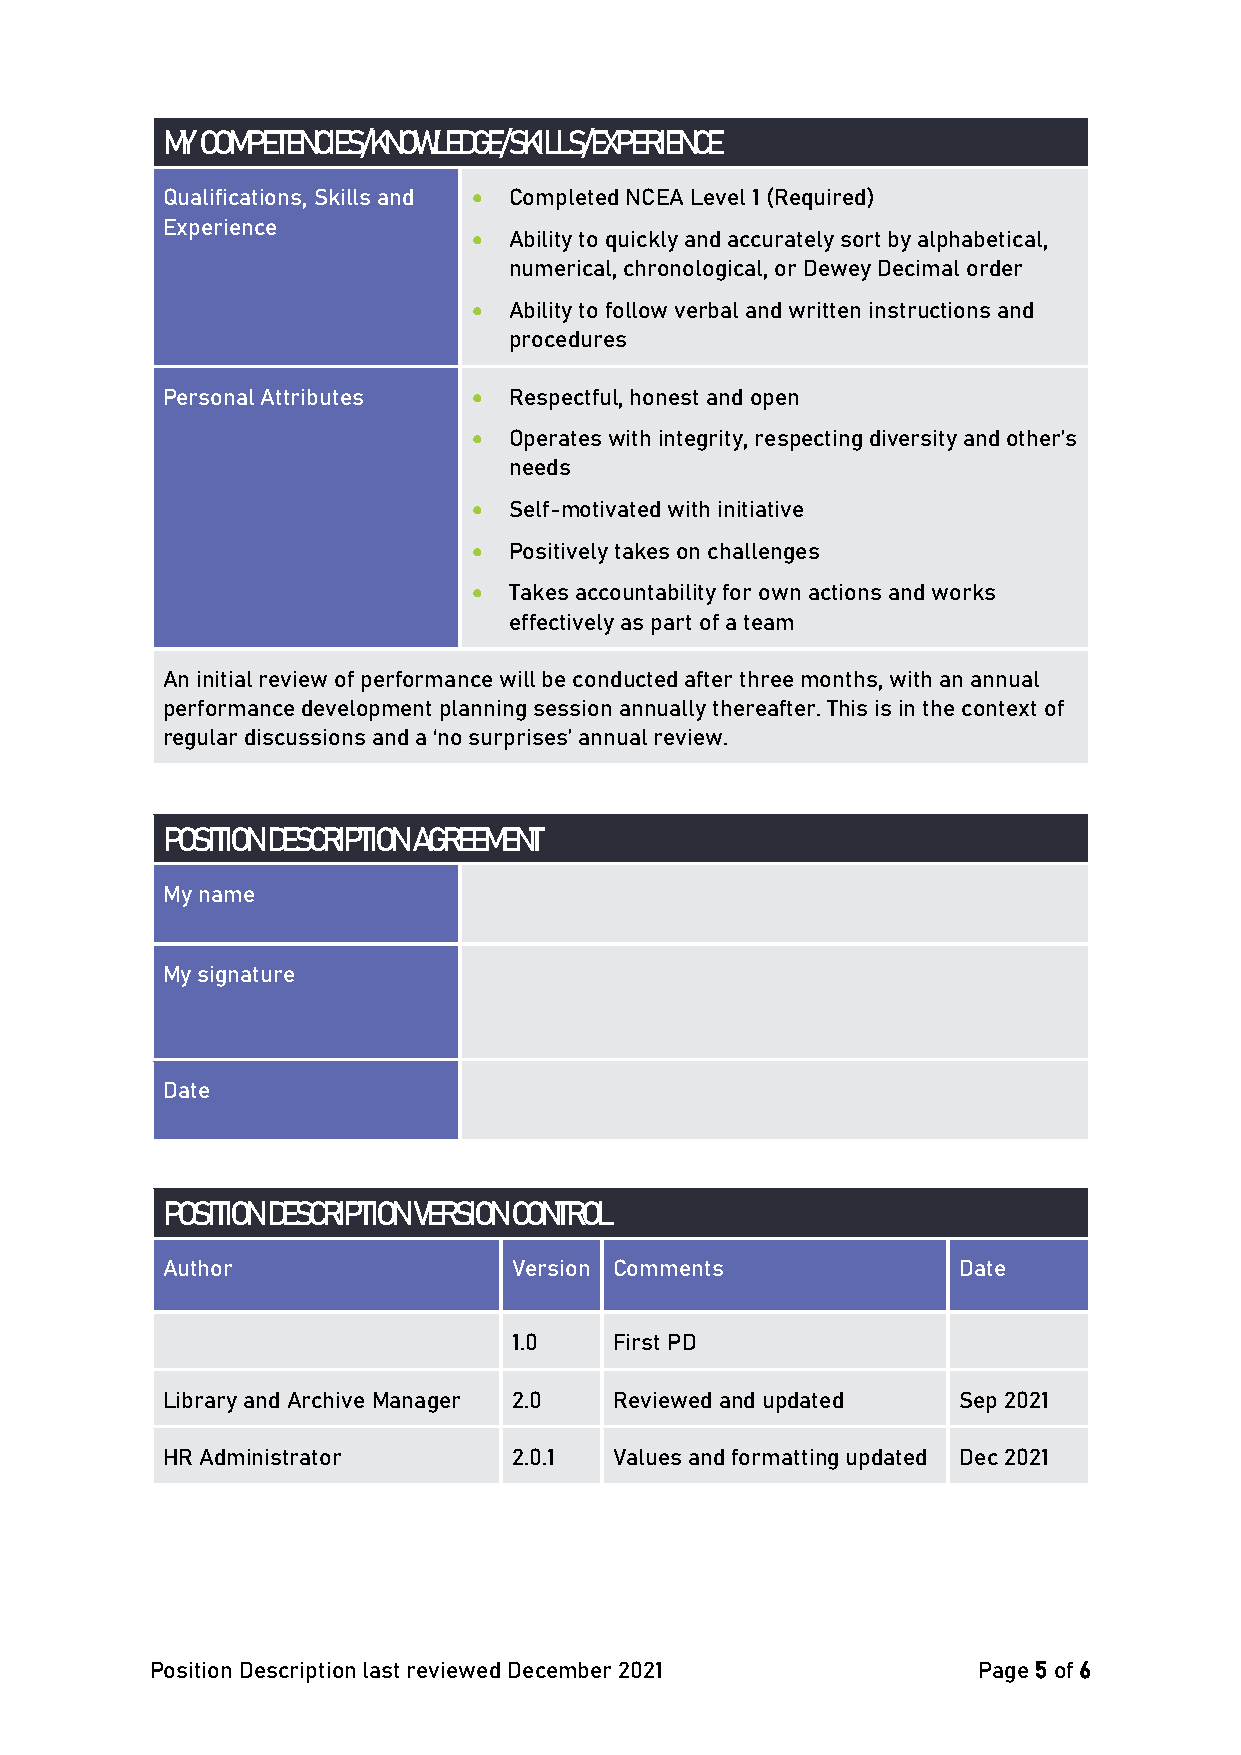
MY COMPETENCIES/KNOWLEDGE/SKILLS/EXPERIENCE
 Qualifications, Skills and • Completed NCEA Level 1 (Required)
 Experience
 •  Ability to quickly and accurately sort by alphabetical,
 numerical, chronological, or Dewey Decimal order
 •  Ability to follow verbal and written instructions and
 procedures
 Personal Attributes •  Respectful, honest and open
 •  Operates with integrity, respecting diversity and other’s
 needs
 •  Self-motivated with initiative
 •  Positively takes on challenges
 •  Takes accountability for own actions and works
 effectively as part of a team
 An initial review of performance will be conducted after three months, with an annual
 performance development planning session annually thereafter. This is in the context of
 regular discussions and a ‘no surprises’ annual review.
 POSITION DESCRIPTION AGREEMENT
 My name
 My signature
 Date
 POSITION DESCRIPTION VERSION CONTROL
 Author                 Version Comments             Date
 1.0    First PD
 Library and Archive Manager 2.0 Reviewed and updated Sep 2021
 HR Administrator       2.0.1  Values and formatting updated Dec 2021
 Position Description last reviewed December 2021       Page 5 of 6